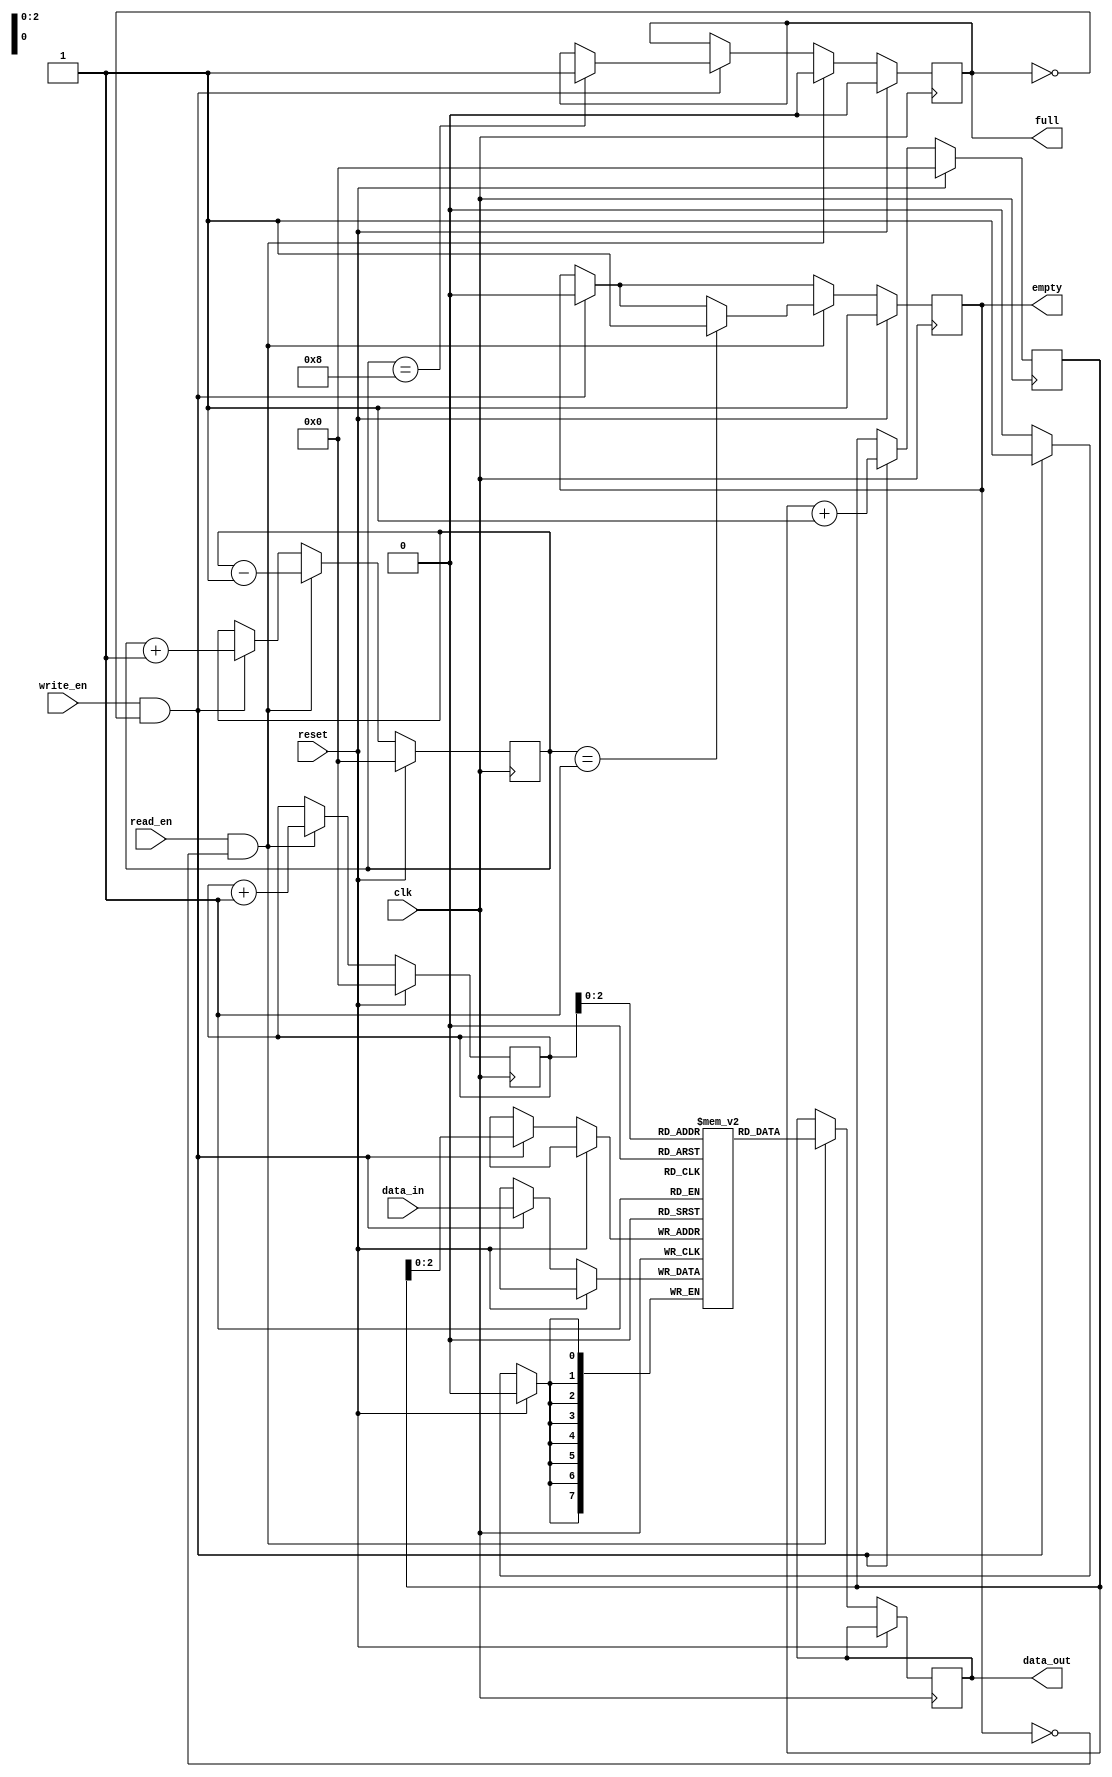
module fifo #(parameter DEPTH=8, parameter DATA_WIDTH=8, parameter ALMOST_FULL=0, parameter ALMOST_EMPTY=0) (
    input wire clk,
    input wire reset,
    input wire write_en,
    input wire read_en,
    input wire [DATA_WIDTH-1:0] data_in,
    output reg [DATA_WIDTH-1:0] data_out,
    output reg full,
    output reg empty
);

reg [(DATA_WIDTH-1):0] memory [0:DEPTH-1];
reg [DATA_WIDTH-1:0] head;
reg [DATA_WIDTH-1:0] tail;
reg [DEPTH-1:0] cnt;

always @(posedge clk) begin
    if (reset) begin
        head <= 0;
        tail <= 0;
        cnt <= 0;
        full <= 0;
        empty <= 1;
    end else begin
        if (write_en && !full) begin
            memory[head] <= data_in;
            head <= head + 1;
            cnt <= cnt + 1;
            empty <= 0;
            if (cnt == DEPTH) begin
                full <= 1;
            end
        end
        
        if (read_en && !empty) begin
            data_out <= memory[tail];
            tail <= tail + 1;
            cnt <= cnt - 1;
            full <= 0;
            if (cnt == 1) begin
                empty <= 1;
            end
        end
    end
end

endmodule